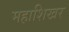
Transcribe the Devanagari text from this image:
महाशिखर